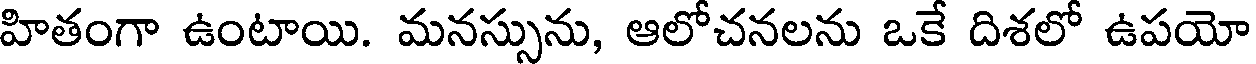
హితంగా ఉంటాయి. మనస్సును, ఆలోచనలను ఒకే దిశలో ఉపయో